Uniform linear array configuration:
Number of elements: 64
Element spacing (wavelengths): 1
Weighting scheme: hamming
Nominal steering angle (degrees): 45
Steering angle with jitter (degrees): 44.42
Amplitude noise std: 0.05
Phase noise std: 0.05

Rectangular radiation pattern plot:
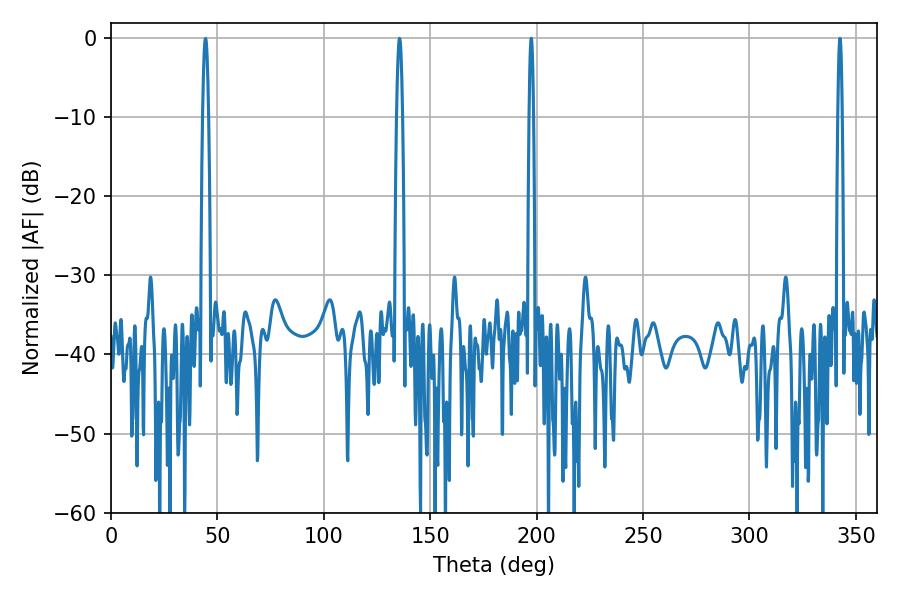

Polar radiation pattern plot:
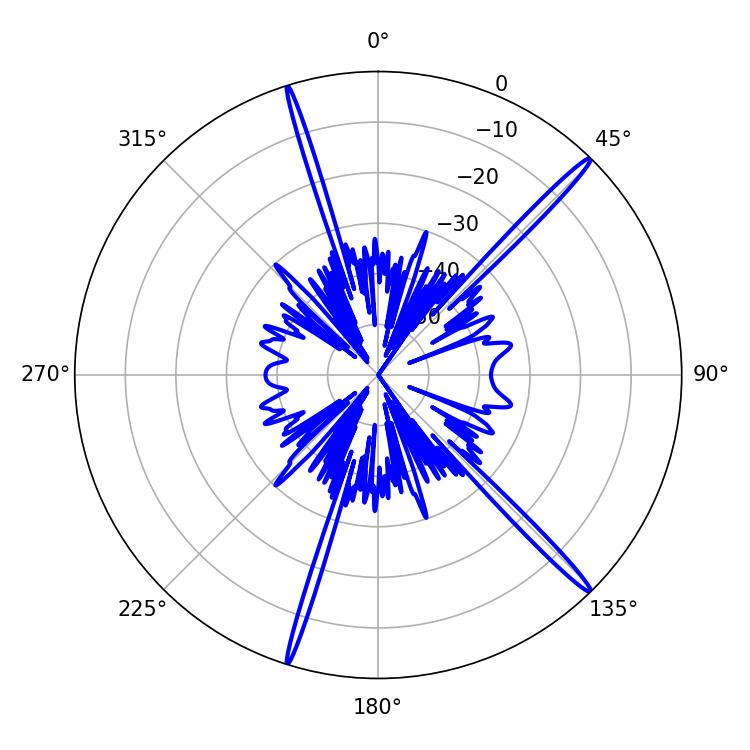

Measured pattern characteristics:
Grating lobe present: TRUE
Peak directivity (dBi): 18.453
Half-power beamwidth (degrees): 1.08
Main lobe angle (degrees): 197.46